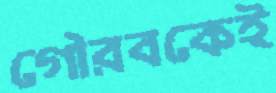
গৌরবকেই